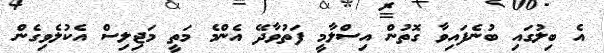
އެ ބިލުގައި ބުނެފައިވާ ގޮތުން އިސްލާމީ ފަތުވާދޭ އެންމެ މަތީ މަޖިލިސް އެކުލެވިގެން